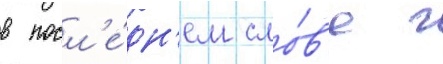
в посл'е́дн'ем сло́в'е г